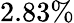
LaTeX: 2.83\%